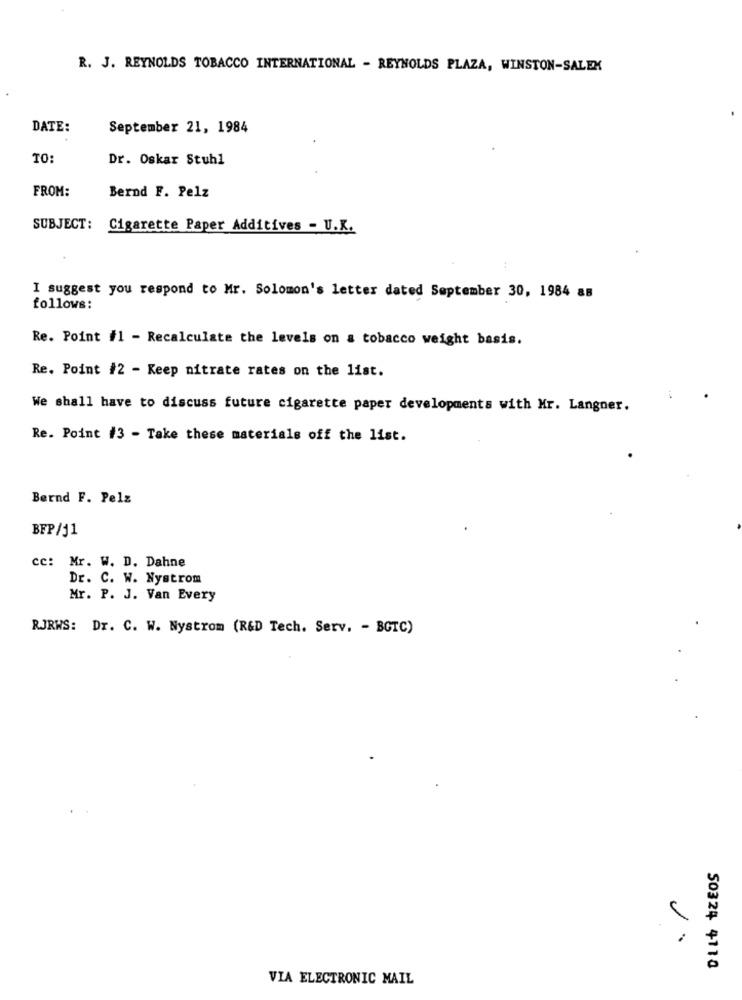
R. J. REYNOLDS TOBACCO INTERNATIONAL - REYNOLDS PLAZA, WINSTON-SALEM
DATE:
September 21, 1984
TO:
Dr. Oskar Stuhl
FROM:
Bernd F. Pelz
SUBJECT: Cigarette Paper Additives - U.K.
I suggest you respond to Mr. Solomon's letter dated September 30, 1984 8B
follows:
Re. Point #1 - Recalculate the levels on a tobacco weight basis.
Re. Point #2 - Keep nitrate rates on the list.
We shall have to discuss future cigarette paper developments with Mr. Langner.
Re. Point #3 - Take these materials off the list.
Bernd F. Pelz
BFP/51
cc: Mr. W. D. Dahne
Dr. C. W. Nystrom
Mr. P. J. Van Every
RJRWS: Dr. C. W. Nystrom (R&D Tech. Serv. - BGTC)
1
.
50324 4110
VIA ELECTRONIC MAIL